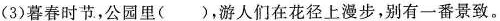
(3)暮春时节，公园里()，游人们在花径上漫步，别有一番景致。